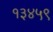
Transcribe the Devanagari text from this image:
१३४५९